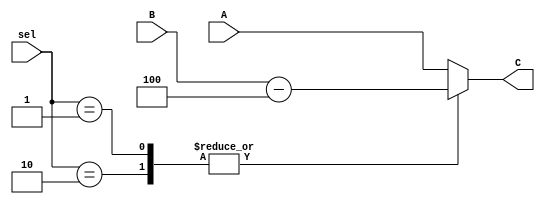
module mux21_2sel(C, sel, A, B);
	input [1:0]sel;
	input [31:0] A, B;
	output reg[31:0] C;
	always @(*)
	begin
	case(sel)
	2'b00: C <= A;
	2'b10: C <= B-4;
	2'b01: C <= B-4;
	default: C <= A;
	endcase
	end


endmodule